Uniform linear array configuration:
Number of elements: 8
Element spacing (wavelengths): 1
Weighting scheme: cosine
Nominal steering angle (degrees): -45
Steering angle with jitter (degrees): -43.646
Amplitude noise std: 0.05
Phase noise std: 0.05

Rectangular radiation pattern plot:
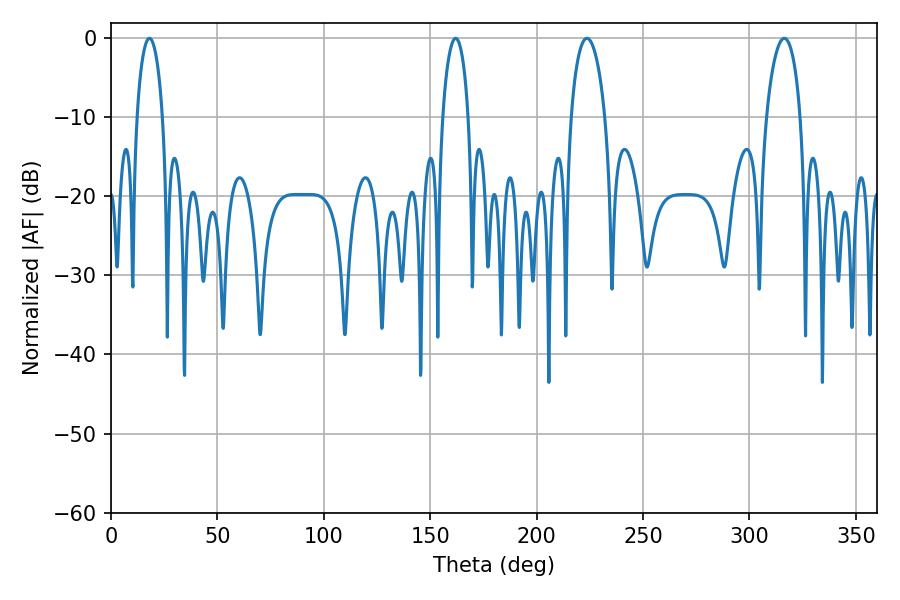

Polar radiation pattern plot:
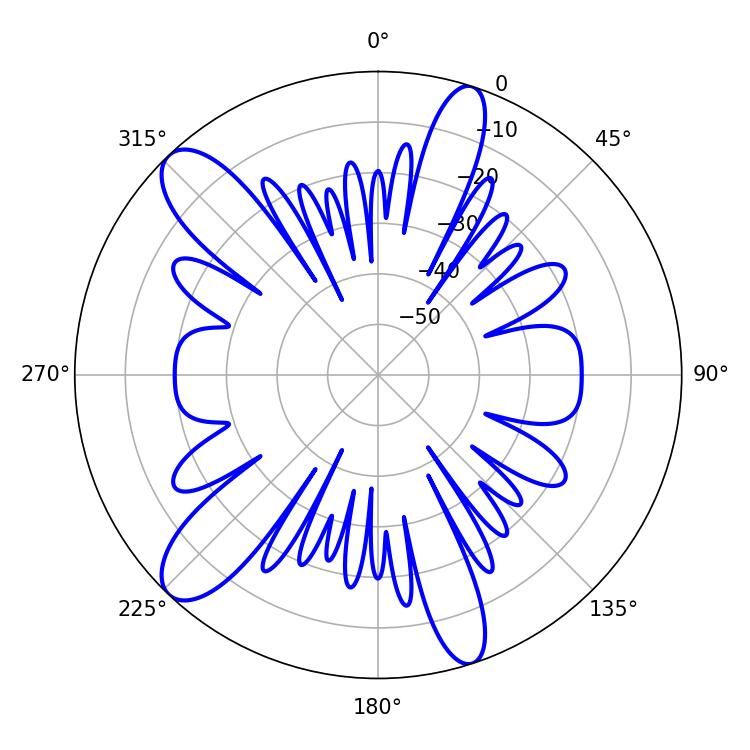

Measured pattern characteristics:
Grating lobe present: TRUE
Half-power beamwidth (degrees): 9.18
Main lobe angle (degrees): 223.56